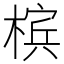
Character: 槟